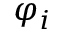
\varphi _ { i }